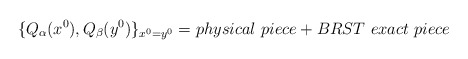
\begin{align*}\{ Q_{\alpha}(x^{0}), Q_{\beta}(y^{0})\}_{x^{0} = y^{0}} = physical\ piece+ BRST\ exact\ piece\end{align*}